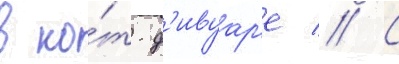
в ко́т-д'ивуар'е // С